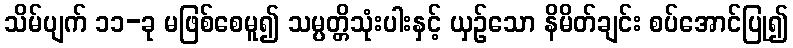
သိမ်ပျက် ၁၁-ခု မဖြစ်စေမူ၍ သမ္ပတ္တိသုံးပါးနှင့် ယှဉ်သော နိမိတ်ချင်း စပ်အောင်ပြု၍